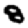
Digit: 8